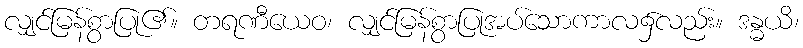
လျှင်မြန်စွာပြု၏။ တရဏီယေဝ၊ လျှင်မြန်စွာပြုအပ်သောကာလ၌လည်း။ ဒန္ဓယိ၊